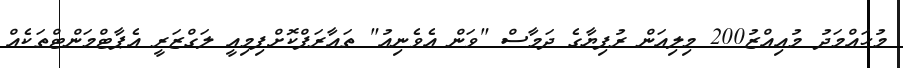
މުހައްމަދު މުއިއްޒު200 މިލިއަން ރުފިޔާގެ ދަމާސް "ވަން އެވެނިއު" ތައާރަފްކޮށްފިމިއީ ލަގްޒަރީ އެޕާޓްމަންޓްތަކެއް